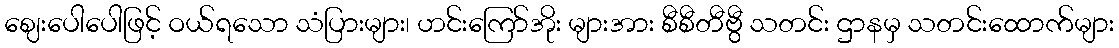
ဈေးပေါပေါဖြင့် ဝယ်ရသော သံပြားများ၊ ဟင်းကြော်အိုး များအား စီစီတီဗွီ သတင်း ဌာနမှ သတင်းထောက်များ